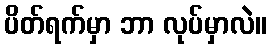
ပိတ်ရက်မှာ ဘာ လုပ်မှာလဲ။